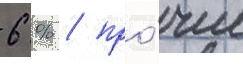
6 % / про́чие